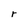
Character: r